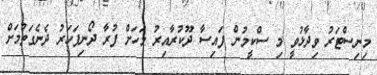
މިނިސްޓަރު ވިދާޅުވީ މި ސްކީމުން ފައިސާ ދޫކުރާއިރު މަހަށް ފުރާ ދޯނިފަހަރު ދެނެގަތުމަށް